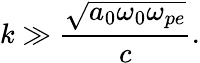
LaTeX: k\gg\frac{\sqrt{a_{0}\omega_{0}\omega_{pe}}}{c}.